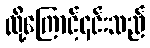
ထို့ကြောင့်၎င်းသည်